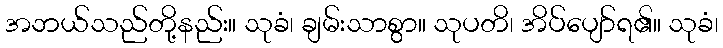
အဘယ်သည်တို့နည်း။ သုခံ၊ ချမ်းသာစွာ။ သုပတိ၊ အိပ်ပျော်ရ၏။ သုခံ၊